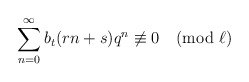
\begin{align*}\sum_{n=0}^{\infty} b_t(rn+s)q^{n}\not\equiv 0 \pmod {\ell}\end{align*}